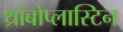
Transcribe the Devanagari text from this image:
थ्रांबोप्लास्टिन